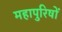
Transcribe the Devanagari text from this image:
महापुरिषों